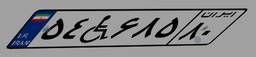
۱۱W۴۵۴۹۹